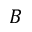
B